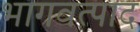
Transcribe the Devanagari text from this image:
भागवत्पाद